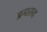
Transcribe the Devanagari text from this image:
प्रग्वरूथ